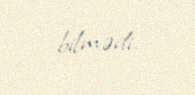
bilmədi.